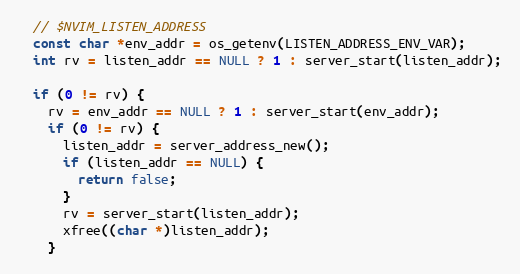
Language: C
  // $NVIM_LISTEN_ADDRESS
  const char *env_addr = os_getenv(LISTEN_ADDRESS_ENV_VAR);
  int rv = listen_addr == NULL ? 1 : server_start(listen_addr);

  if (0 != rv) {
    rv = env_addr == NULL ? 1 : server_start(env_addr);
    if (0 != rv) {
      listen_addr = server_address_new();
      if (listen_addr == NULL) {
        return false;
      }
      rv = server_start(listen_addr);
      xfree((char *)listen_addr);
    }